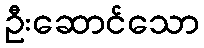
ဦးဆောင်သော